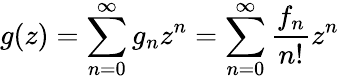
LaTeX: g(z)=\sum_{n=0}^{\infty}{g_{n}z^{n}}=\sum_{n=0}^{\infty}{\frac{f_{n}}{n!}z^{n}}